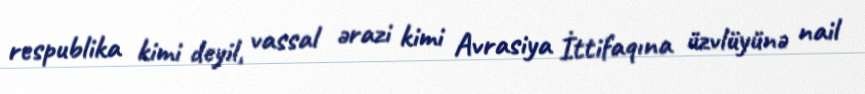
respublika kimi deyil, vassal ərazi kimi Avrasiya İttifaqına üzvlüyünə nail